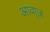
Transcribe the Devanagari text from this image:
आवा्ज